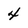
Character: 4